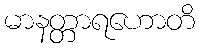
မာနတ္တာရဟောတိ